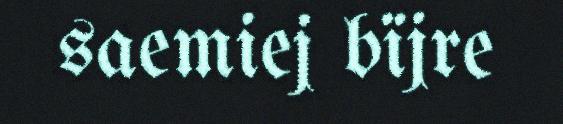
saemiej bïjre